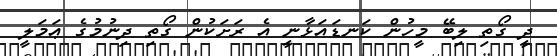
ދީ ގޯތި ލިބޭ މީހުން ކަނޑައަޅާނީ އެ ރަށަކުން ގޯތި ދިނުމުގެ ޢަމަލީ